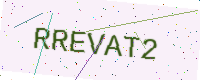
Text: RREVAT2